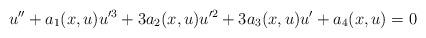
LaTeX: \begin{align*}u^{\prime\prime}+a_1(x,u)u^{\prime3}+3a_2(x,u)u^{\prime2}+3a_3(x,u)u^{\prime}+a_4(x,u)=0\end{align*}